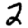
Digit: 2